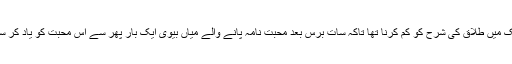
اس اقدام کا مقصد دراصل ملک میں طلاق کی شرح کو کم کرنا تھا تاکہ سات برس بعد محبت نامہ پانے والے میاں بیوی ایک بار پھر سے اس محبت کو یاد کر سکیں جس نے انھیں ملایا تھا۔